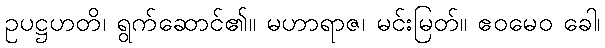
ဥပဋ္ဌဟတိ၊ ရွက်ဆောင်၏။ မဟာရာဇ၊ မင်းမြတ်။ ဧဝမေဝ ခေါ၊